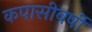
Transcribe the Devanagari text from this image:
कपासीवर्षी